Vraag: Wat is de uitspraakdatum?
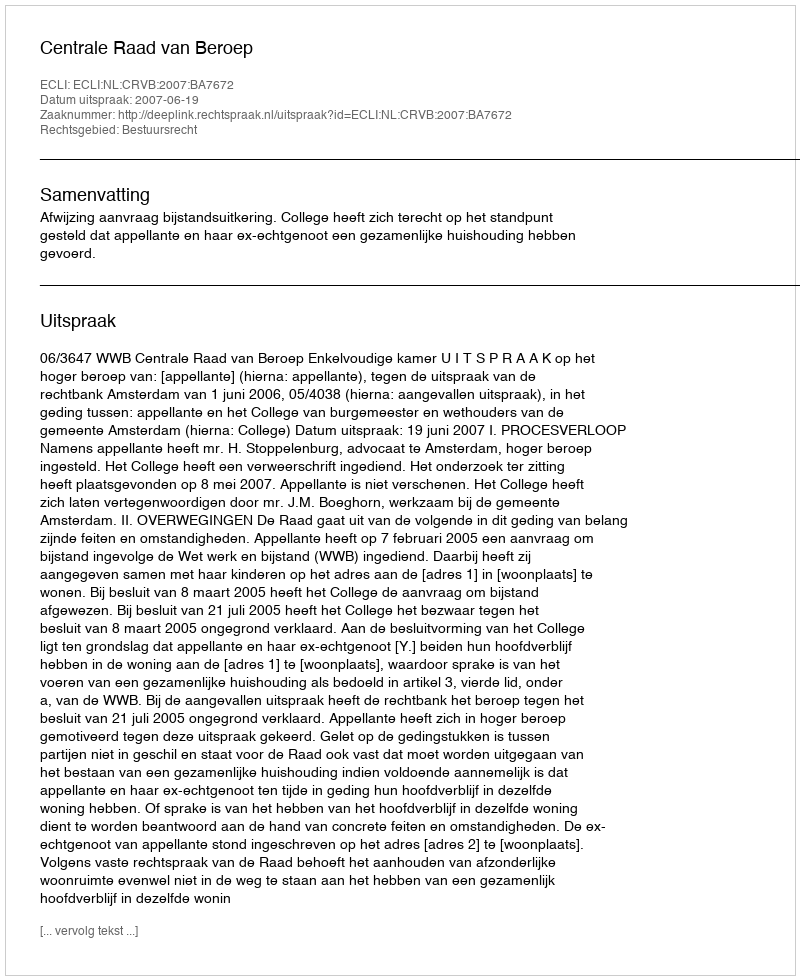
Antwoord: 2007-06-19